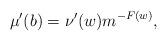
LaTeX: \begin{align*} \mu'(b) = \nu'(w) m^{-F(w)},\end{align*}